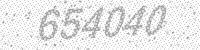
Solution: 654040